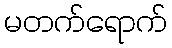
မတက်ရောက်